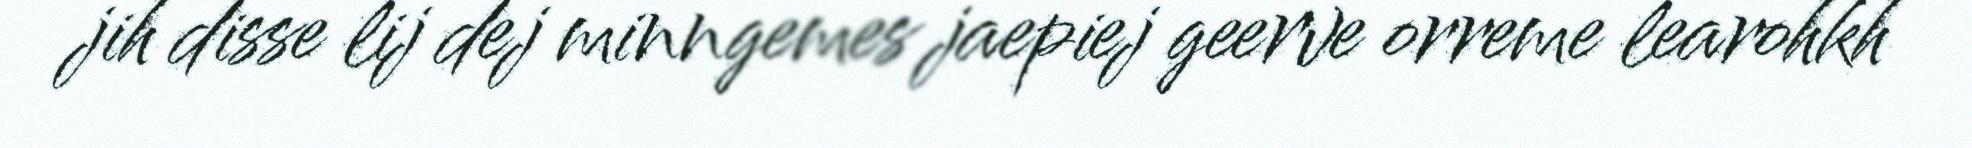
jih disse lij dej minngemes jaepiej geerve orreme learohkh